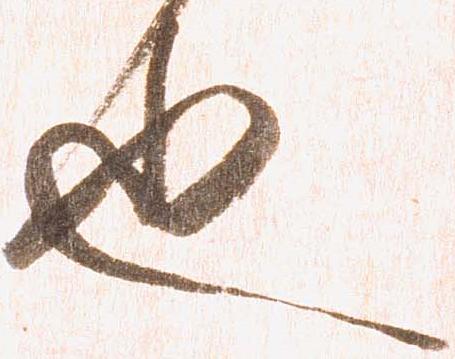
也